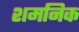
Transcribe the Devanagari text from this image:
शमनिक